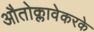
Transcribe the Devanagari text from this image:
औतोक्लावेकरके